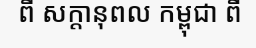
ពី សក្តានុពល កម្ពុជា ពី